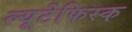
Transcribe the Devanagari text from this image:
ल्यूटेफिस्क